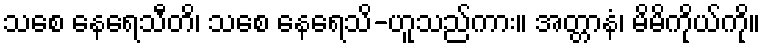
သစေ နေရေသီတိ၊ သစေ နေရေသိ-ဟူသည်ကား။ အတ္တာနံ၊ မိမိကိုယ်ကို။